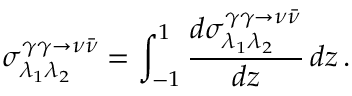
\sigma _ { \lambda _ { 1 } \lambda _ { 2 } } ^ { \gamma \gamma \to \nu \bar { \nu } } = \int _ { - 1 } ^ { 1 } \frac { d { \sigma } _ { \lambda _ { 1 } \lambda _ { 2 } } ^ { \gamma \gamma \to \nu \bar { \nu } } } { d z } \, d z \, .